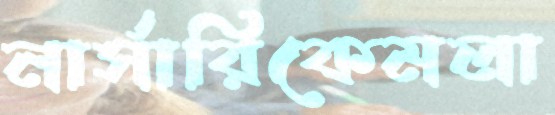
নার্সারিকেমলা